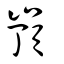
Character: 嵿